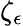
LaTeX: \zeta_{\epsilon}